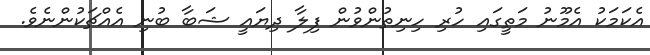
އެކަމަކު އެމޫނު މަތީގައި ހުރި ހިނިތުންވުން ފިލާ ދިޔައީ ޝަބާ ބުނި އެއްޗަކުންނެވެ.